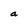
Character: a